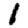
Digit: 1